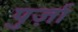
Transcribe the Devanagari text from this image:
पुर्ज़ा